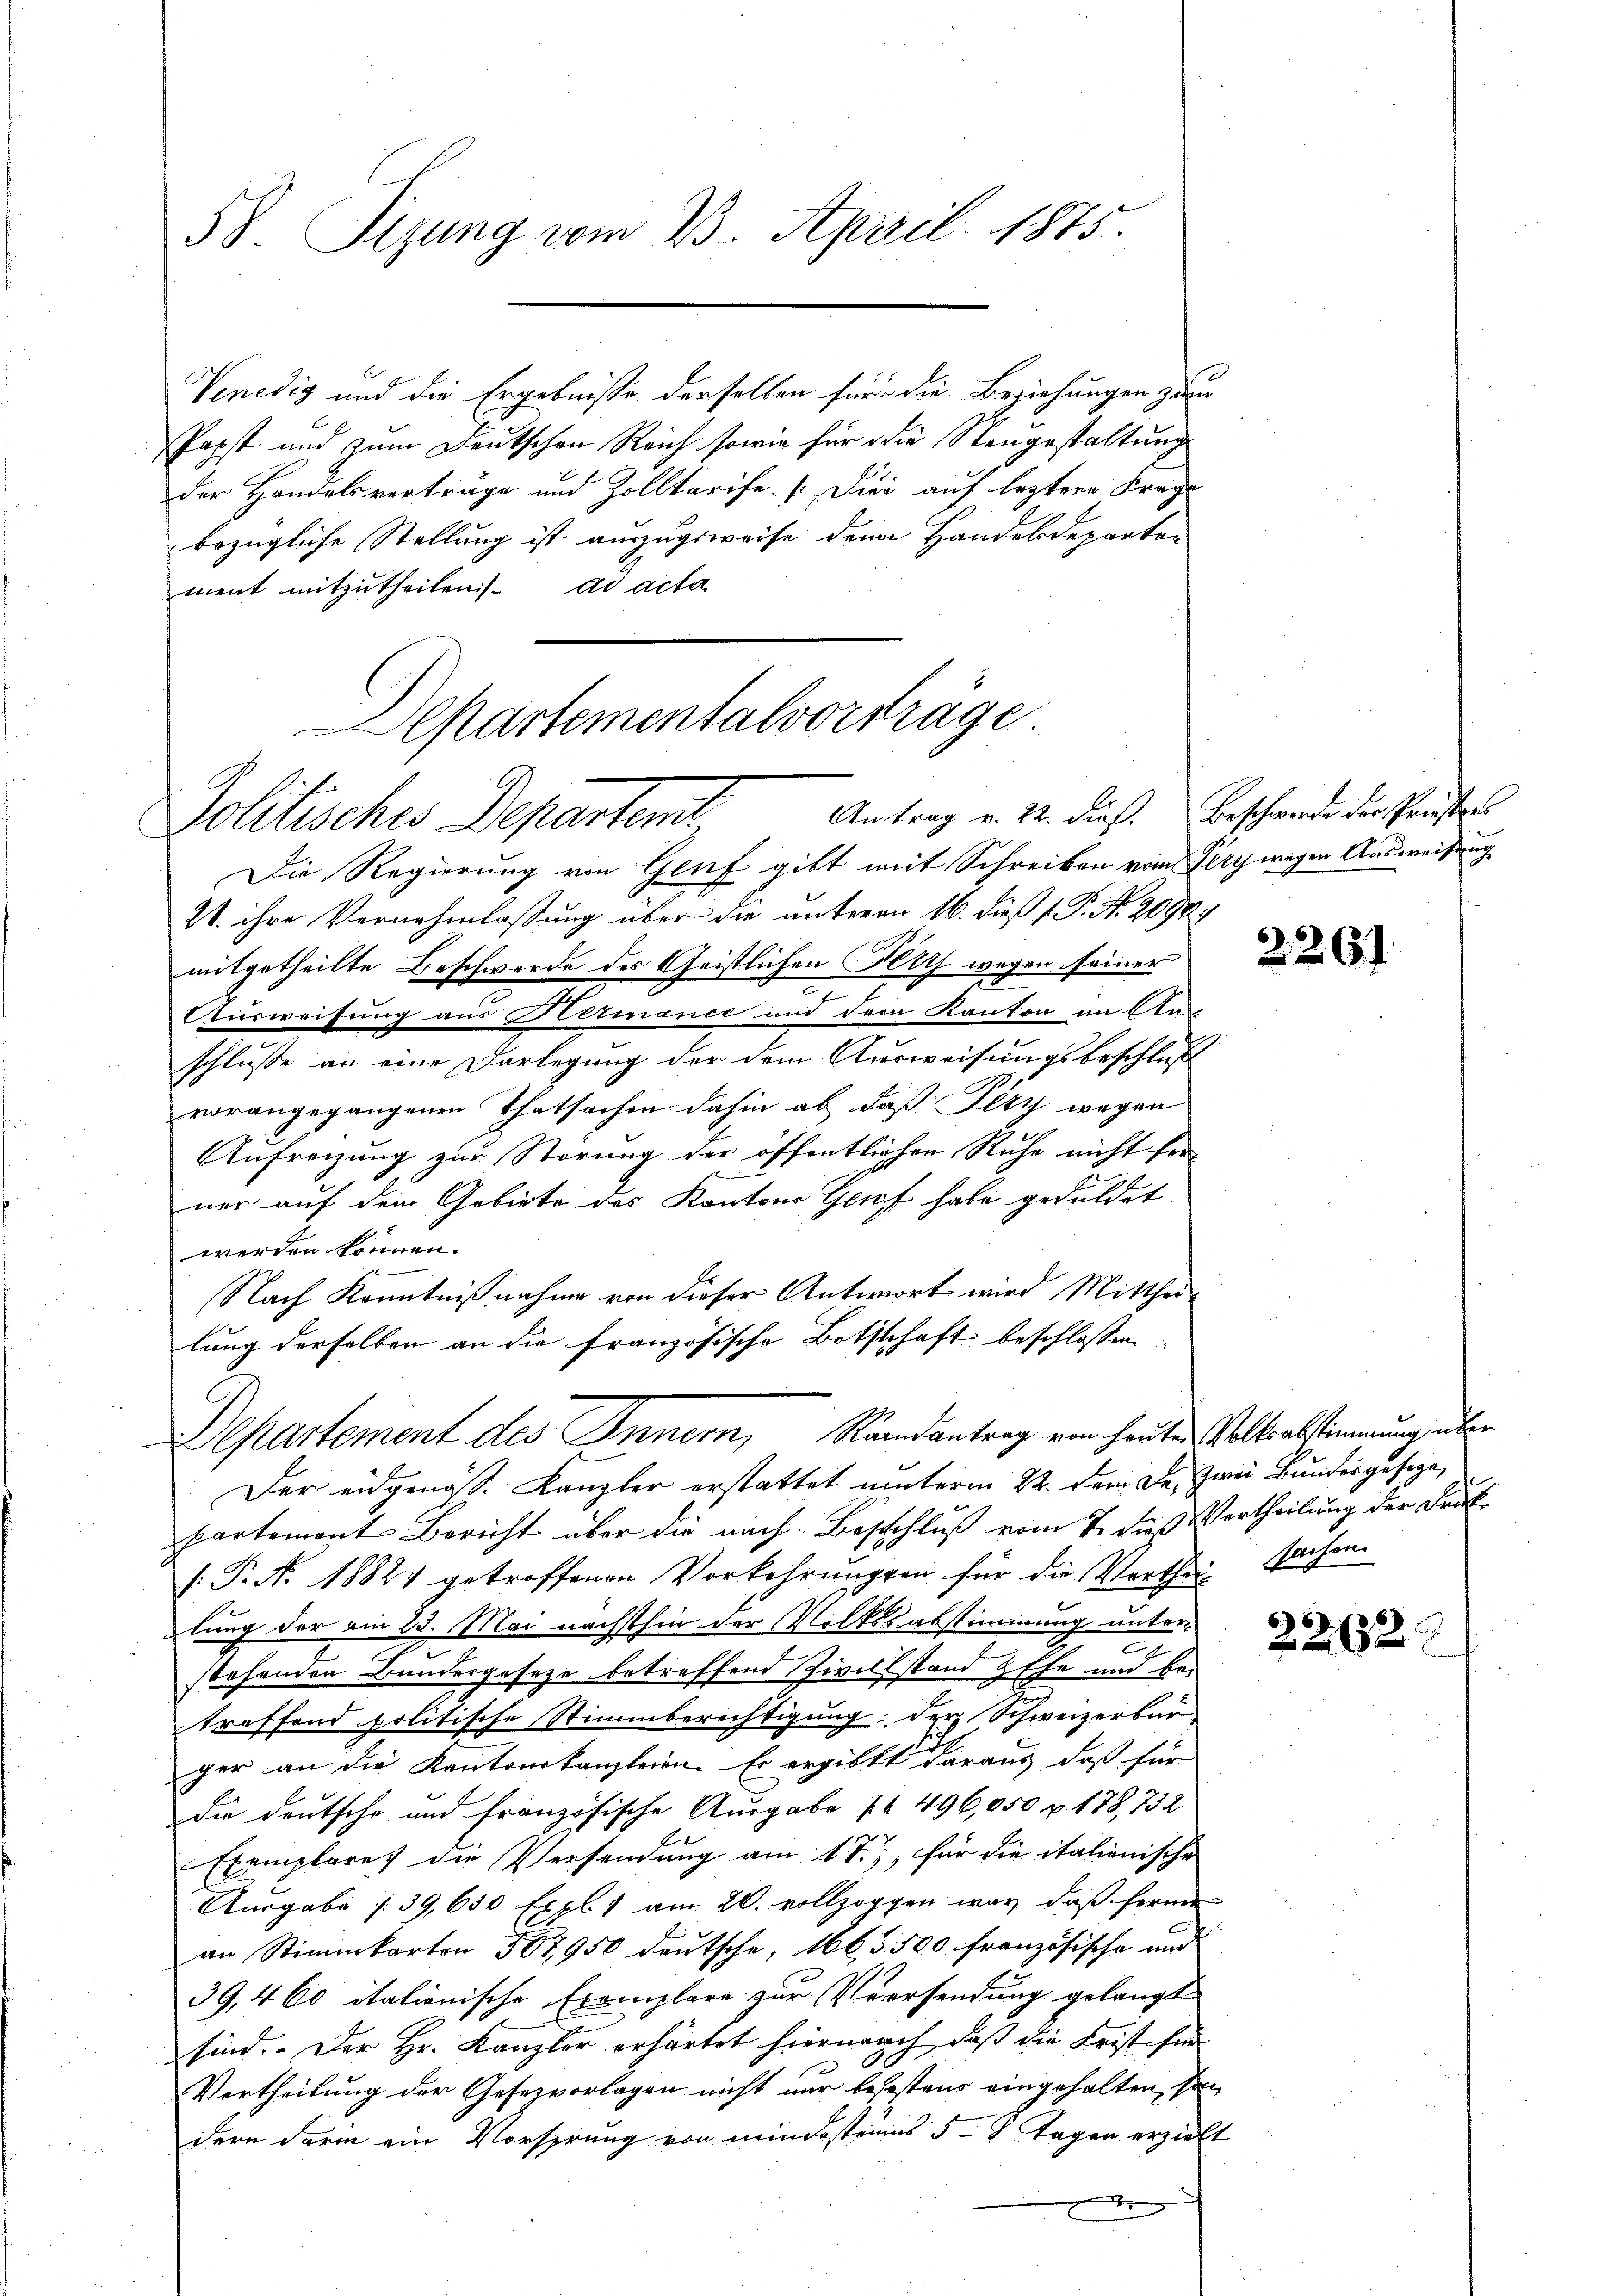
58. Sizung vom 23. April 1875.

Venedig und die Ergebnisse derselben für die Beziehungen zum
Papst und zum Deutschen Reich sowie für die Neugestaltung
der Handelsverträge und Zolltarife. [Die auf leztere Frage
bezügliche Stellung ist auszugsweise denn Handelsdepartement mitzutheilen. ad acta
Die Regierung von Genf gibt mit Schreiben vom Pery wegen Ausweisung
21. ihre Vernehmlassung über die unterm 16. dieß f. P. Nr. 2094)
mitgetheilte Beschwerde des Geistlichen Flith wegen seiner
2
Ausweisung aus Hermance und dem Kanton im Am
schlusse an eine Darlegung der dem Ausweisungsbeschluß
vorangegangenen Thatsachen dahin ab, daß Pezy wegen
Aufreizung zur Störung der öffentlichen Ruhe nicht fer
ner auf dem Gebiete des Kantons Genf habe geduldet
werden können.
Nach Kenntnißnahme von dieser Antwort wird Mittheil
lung derselben an die französische Bothschaft beschlossen
Departement des Innern, Randantrag von heute Volksabstimmung über
Der eidgenöss. Kanzler erstattet unterm 22. dem Fr. zwei Bundesgeseze,
partement Bericht über die nach Beschluß vom 7. dieß Vertheilung der Frut
(P.N. 1882 getroffenen Vorkehrungen für die Wortheil sachen
lung der am 23. Mai nächsthin der Volkssabstimmung unter¬
.
stehenden Bundesgesetze betreffend Zwilfstand Hefe und bei
troffend politische Stimmberechtigung; der Schweizerbürger an die Kantonskanzleien. Er ergibt daraus, daß für
die deutsche und französische Ausgabe (4. 496,050 u. 178, 732
Exemplares die Versendung am 17.), für die italienische
Ausgabe (39,650 Expl. 1 am 20. vollzoggen war, daß ferner
an Stimmkarten 507,950 deutsche, 1665500 französische und
39,460 italienische Exemplare zur Verrsendung gelangt
sind. Der Hr. Kanzler erhärtet hiernach, daß die Frist für
Vertheilung der Gesezvorlagen nicht nur befestens eingehalten, son
dern darin ein Vorsprung von mindesteres 5 - 8 Tagen erziehe
.

Separtementalvortrage
Politische Departens

Antrag v. 22. dieß. Beschwerde der Priesters

e
2

2261

23.12.